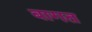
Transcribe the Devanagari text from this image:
बागत